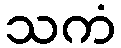
သကံ